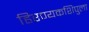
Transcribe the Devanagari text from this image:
हिरण्यकशिपुला